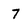
Character: 7